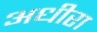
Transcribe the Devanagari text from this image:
अधीरा